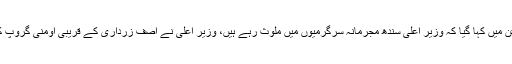
تحریک کے متن میں کہا گیا کہ وزیر اعلیٰ سندھ مجرمانہ سرگرمیوں میں ملوث رہے ہیں، وزیر اعلیٰ نے آصف زرداری کے قریبی اومنی گروپ کو فائدہ پہنچایا۔